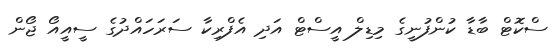
ސްކޮޓް ބާޑާ ކުންފުނީގެ މިޑިލް އީސްޓް އަދި އެފްރިކާ ސަރަހައްދުގެ ސީއީއޯ ޖޯން